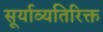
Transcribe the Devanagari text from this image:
सूर्याव्यतिरिक्त